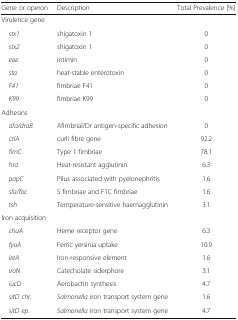
<table><thead><tr><td><b>Gene or operon</b></td><td><b>Description</b></td><td><b>Total Prevalence [%]</b></td></tr></thead><tbody><tr><td colspan="3">Virulence gene</td></tr><tr><td> <i>stx1</i></td><td>shigatoxin 1</td><td>0</td></tr><tr><td> <i>stx2</i></td><td>shigatoxin 1</td><td>0</td></tr><tr><td> <i>eae</i></td><td>intimin</td><td>0</td></tr><tr><td> <i>sta</i></td><td>heat-stable enterotoxin</td><td>0</td></tr><tr><td> <i>F41</i></td><td>fimbriae F41</td><td>0</td></tr><tr><td> <i>K99</i></td><td>fimbriae K99</td><td>0</td></tr><tr><td colspan="3">Adhesins</td></tr><tr><td> <i>afa/draB</i></td><td>Afimbrial/Dr antigen-specific adhesion</td><td>0</td></tr><tr><td> <i>crlA</i></td><td>curli fibre gene</td><td>92.2</td></tr><tr><td> <i>fimC</i></td><td>Type 1 fimbriae</td><td>78.1</td></tr><tr><td> <i>hra</i></td><td>Heat-resistant agglutinin</td><td>6.3</td></tr><tr><td> <i>papC</i></td><td>Pilus associated with pyelonephritis</td><td>1.6</td></tr><tr><td> <i>sfa/foc</i></td><td>S fimbriae and F1C fimbriae</td><td>1.6</td></tr><tr><td> <i>tsh</i></td><td>Temperature-sensitive haemagglutinin</td><td>3.1</td></tr><tr><td colspan="3">Iron acquisition</td></tr><tr><td> <i>chuA</i></td><td>Heme receptor gene</td><td>6.3</td></tr><tr><td> <i>fyuA</i></td><td>Ferric yersinia uptake</td><td>10.9</td></tr><tr><td> <i>ireA</i></td><td>Iron-responsive element</td><td>1.6</td></tr><tr><td> <i>iroN</i></td><td>Catecholate siderphore</td><td>3.1</td></tr><tr><td> <i>iucD</i></td><td>Aerobactin synthesis</td><td>4.7</td></tr><tr><td> <i>sitD chr.</i></td><td><i>Salmonella</i> iron transport system gene</td><td>1.6</td></tr><tr><td> <i>sitD ep.</i></td><td><i>Salmonella</i> iron transport system gene</td><td>4.7</td></tr></tbody></table>